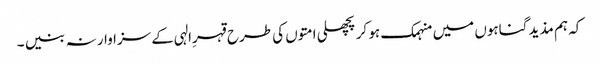
کہ ہم مذید گناہوں میں منہمک ہو کر پچھلی امتوں کی طرح قہرِالہی کے سزاوار نہ بنیں ۔